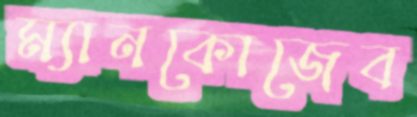
ম্যানকোজেব